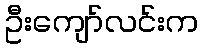
ဦးကျော်လင်းက